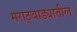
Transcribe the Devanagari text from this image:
मराठ्वाड्यातील